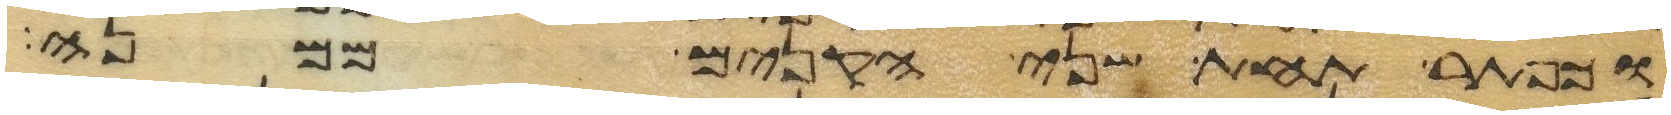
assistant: וכפתר תחת שני הקנים ממנה